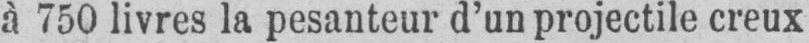
à 750 livres la pesanteur d’un projectile creux